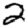
Digit: 2